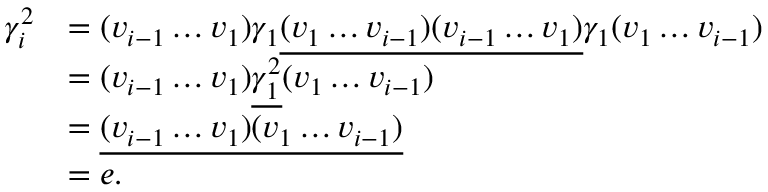
\begin{array} { r l } { \gamma _ { i } ^ { 2 } } & { = ( v _ { i - 1 } \ldots v _ { 1 } ) \gamma _ { 1 } \underline { { ( v _ { 1 } \ldots v _ { i - 1 } ) ( v _ { i - 1 } \ldots v _ { 1 } ) } } \gamma _ { 1 } ( v _ { 1 } \ldots v _ { i - 1 } ) } \\ & { = ( v _ { i - 1 } \ldots v _ { 1 } ) \underline { { \gamma _ { 1 } ^ { 2 } } } ( v _ { 1 } \ldots v _ { i - 1 } ) } \\ & { = \underline { { ( v _ { i - 1 } \ldots v _ { 1 } ) ( v _ { 1 } \ldots v _ { i - 1 } ) } } } \\ & { = e . } \end{array}